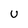
Character: u